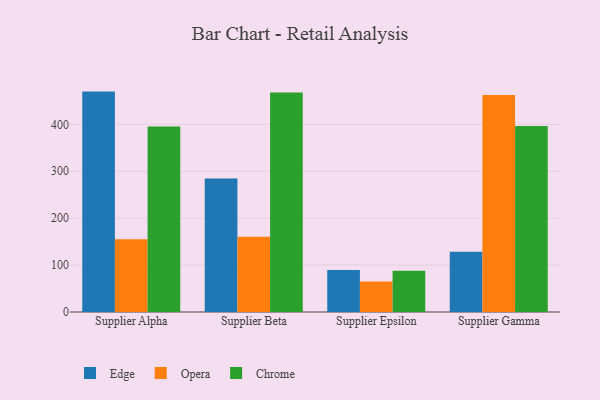
{"axis": {"x": "Supplier", "y": "Inventory Turnover"}, "legend": ["Chrome", "Edge", "Opera"], "data": [{"x": "Supplier Alpha", "y": 469.9, "type": "Edge"}, {"x": "Supplier Alpha", "y": 154.9, "type": "Opera"}, {"x": "Supplier Alpha", "y": 395.6, "type": "Chrome"}, {"x": "Supplier Beta", "y": 284.4, "type": "Edge"}, {"x": "Supplier Beta", "y": 160.2, "type": "Opera"}, {"x": "Supplier Beta", "y": 468.1, "type": "Chrome"}, {"x": "Supplier Epsilon", "y": 89.5, "type": "Edge"}, {"x": "Supplier Epsilon", "y": 64.8, "type": "Opera"}, {"x": "Supplier Epsilon", "y": 87.7, "type": "Chrome"}, {"x": "Supplier Gamma", "y": 128.5, "type": "Edge"}, {"x": "Supplier Gamma", "y": 462.7, "type": "Opera"}, {"x": "Supplier Gamma", "y": 396.3, "type": "Chrome"}]}